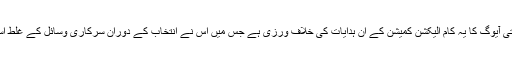
کانگریس نے کہا تھا کہ نیتی آیوگ کا یہ کام الیکشن کمیشن کے ان ہدایات کی خلاف ورزی ہے جس میں اس نے انتخاب کے دوران سرکاری وسائل کے غلط استعمال پر روک لگائی تھی۔